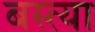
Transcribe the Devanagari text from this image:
बस्त्या